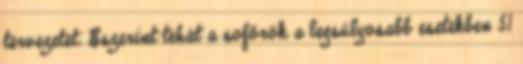
tervezetet. Eszerint tehát a sofőrök a legsúlyosabb esetekben 51